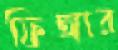
ফিঙ্গার